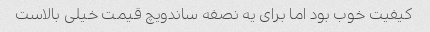
کیفیت خوب بود اما برای یه نصفه ساندویچ قیمت خیلی بالاست